Annual report on the working of the mental hospitals in the Madras Presidency - 1912-1932
Year: 1912
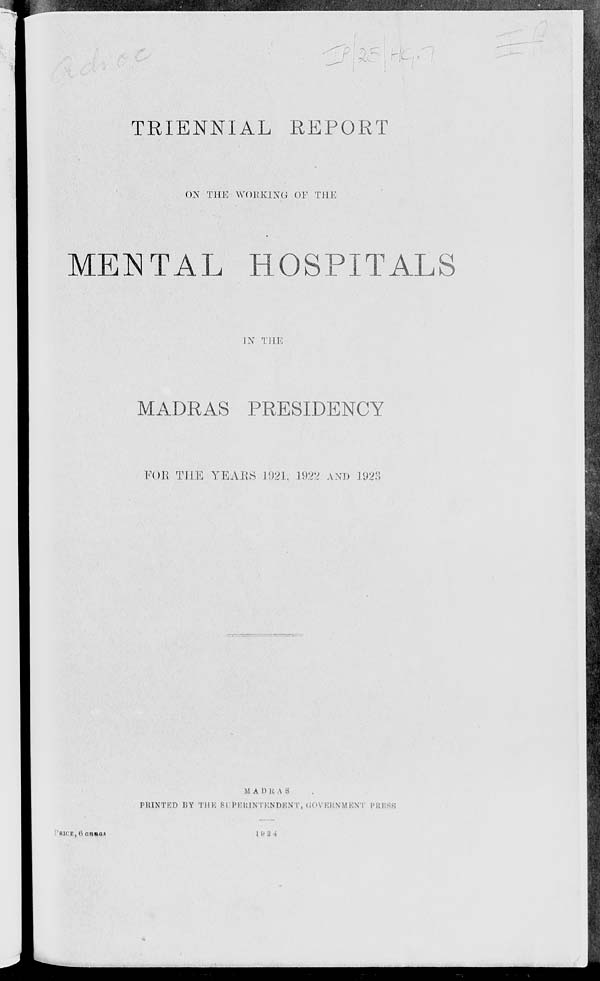
TRIENNIAL REPORT
ON THE WORKING OF THE
MENTAL HOSPITALS
IN THE
MADRAS PRESIDENCY
FOR THE YEARS 1921, 1922 AND 1923
MADRAS
PRINTED BY THE SUPERINTENDENT,
GOVERNMENT
PRESS
PRICE,
6
annas
1924